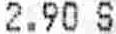
2.90 S